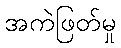
အကဲဖြတ်မှု